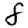
Digit: 8